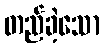
တည်ခဲ့သော